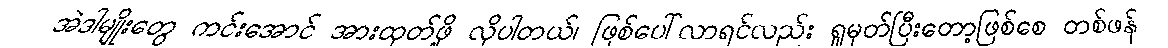
အဲဒါမျိုးတွေ ကင်းအောင် အားထုတ်ဖို့ လိုပါတယ်၊ ဖြစ်ပေါ်လာရင်လည်း ရှုမှတ်ပြီးတော့ဖြစ်စေ တစ်ဖန်